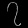
Digit: ၇